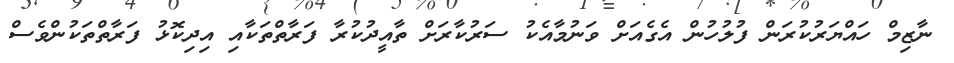
ނާޒިމް ހައްޔަރުކުރަން ފުލުހުން އެގެއަށް ވަނުމާއެކު ސަރުކާރަށް ތާއީދުކުރާ ފަރާތްތަކާއި އިދިކޮޅު ފަރާތްތަކުންވެސް